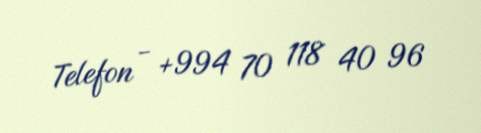
Telefon - +994 70 118 40 96